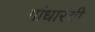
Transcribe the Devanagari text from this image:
गांधारची